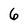
Character: 6